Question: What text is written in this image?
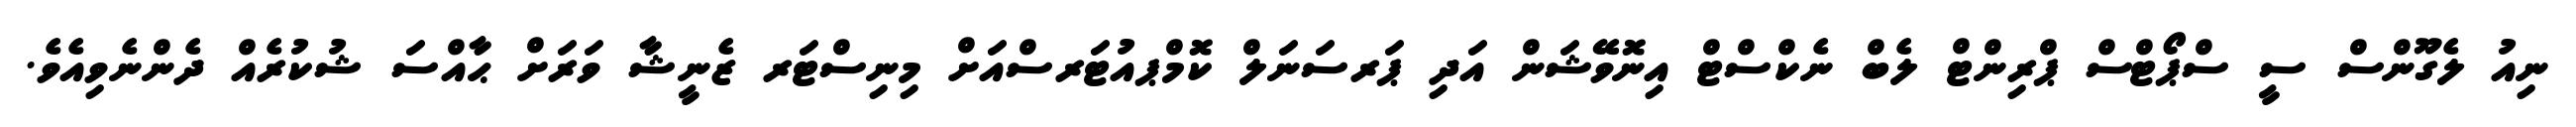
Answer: ނިއު ލެގޫންސް ސީ ސްޕޯޓްސް ޕްރިންޓް ލެބް ނެކްސްޓް އިނޮވޭޝަން އަދި ޕަރސަނަލް ކޮމްޕއުޓަރސްއަށް މިނިސްޓަރ ޒެނީޝާ ވަރަށް ޙާއްސަ ޝުކުރެއް ދެންނެވިއެވެ.